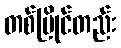
တစ်ပြိုင်တည်း